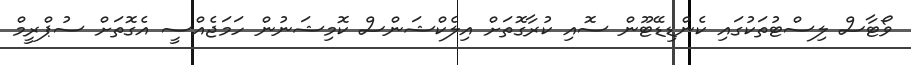
ވޯޓާސް ލިސްޓުތަކުގައި ކެންޑިޑޭޓޫން ސޮއި ކުރާގޮތަށް އިލެކްޝަންސް ކޮމިޝަނުން ހަމަޖެއްސީ އެގޮތަށް ސުޕްރީމް